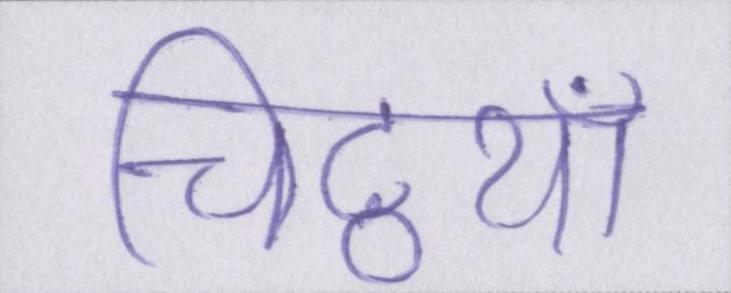
चिट्ठयां